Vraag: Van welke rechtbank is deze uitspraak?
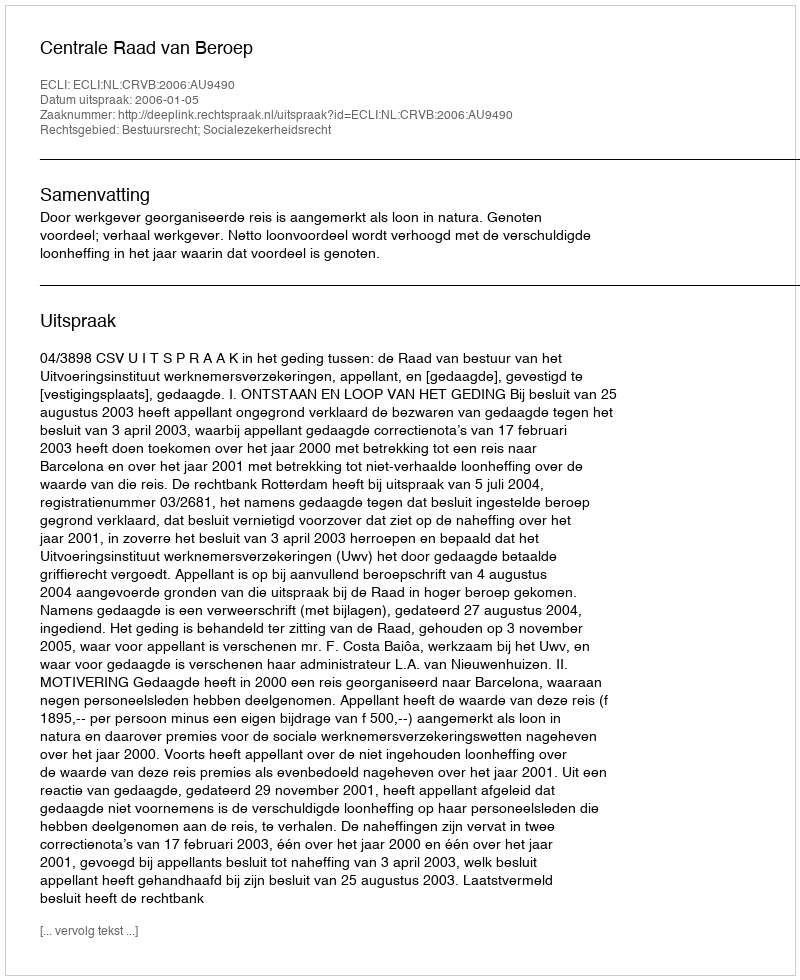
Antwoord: Centrale Raad van Beroep